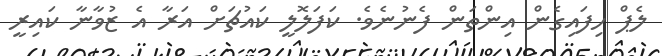
ލެޕް ހިފައިގެން އިންތަން ފެނުނެވެ. ކަފަލޮލީ ކައުޗަށް އަރާ އެ ޒުވާނާ ކައިރީ